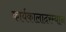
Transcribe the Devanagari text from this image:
कार्यकालादरम्यान